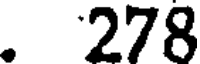
. 278